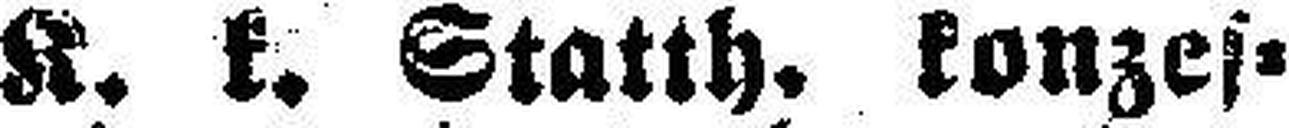
K. k. Statth. konzes¬